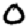
Digit: 0